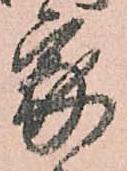
家